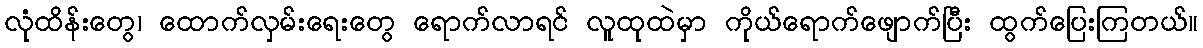
လုံထိန်းတွေ၊ ထောက်လှမ်းရေးတွေ ရောက်လာရင် လူထုထဲမှာ ကိုယ်ရောက်ဖျောက်ပြီး ထွက်ပြေးကြတယ်။